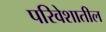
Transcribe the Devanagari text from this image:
परिवेशातील